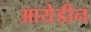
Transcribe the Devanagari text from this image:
आयेडीन